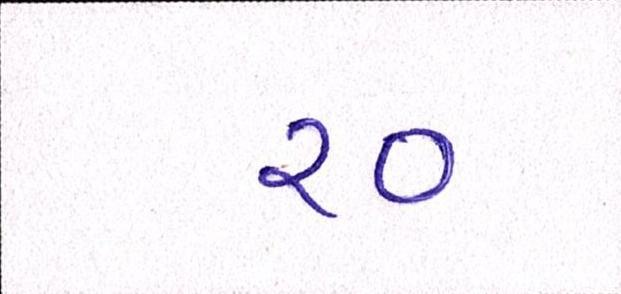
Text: ર૦